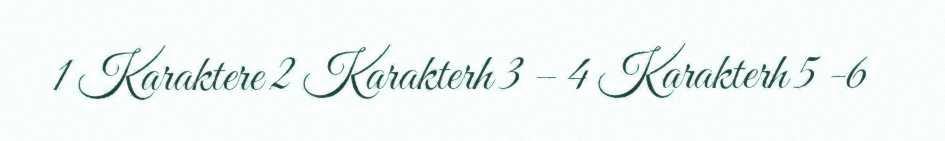
1 Karaktere 2 Karakterh 3 – 4 Karakterh 5 -6